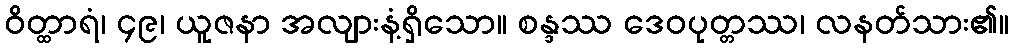
ဝိတ္ထာရံ၊ ၄၉၊ ယူဇနာ အလျားနံ့ရှိသော။ စန္ဒဿ ဒေဝပုတ္တဿ၊ လနတ်သား၏။